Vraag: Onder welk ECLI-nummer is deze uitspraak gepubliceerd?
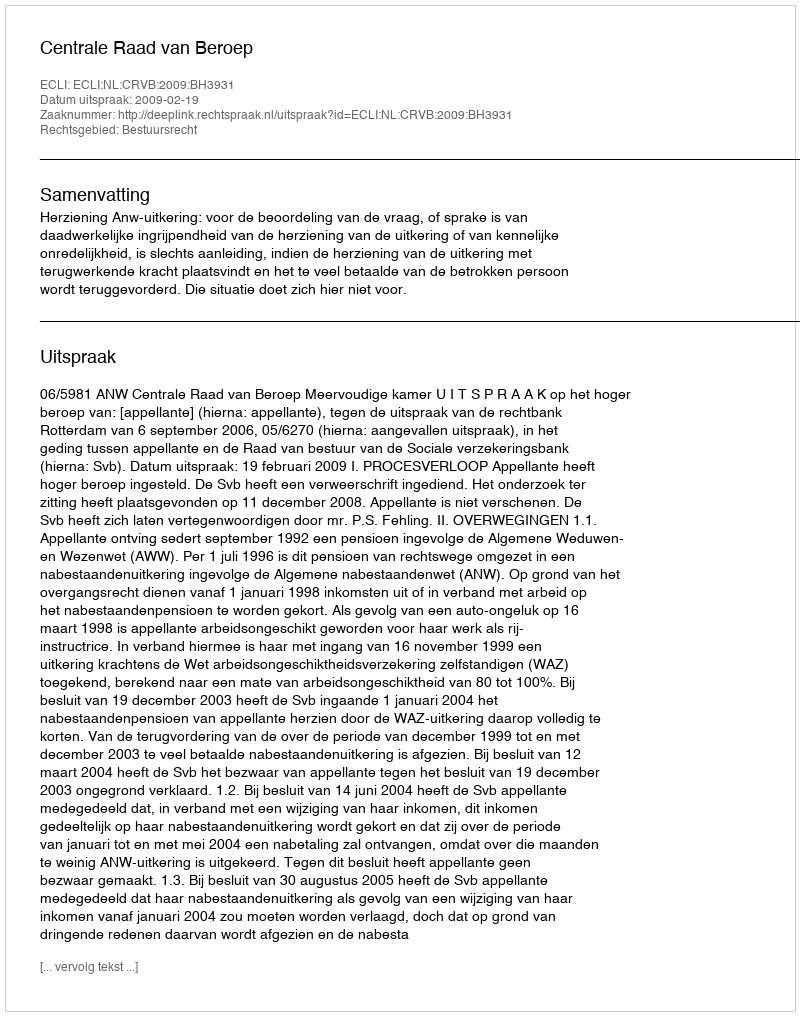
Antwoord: ECLI:NL:CRVB:2009:BH3931